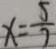
x = \frac { 5 } { 7 }